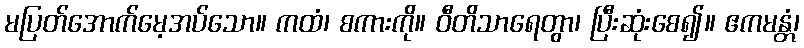
မပြတ်အောက်မေ့အပ်သော။ ကထံ၊ စကားကို။ ဝီတိသာရေတွာ၊ ပြီးဆုံးစေ၍။ ဧကမန္တံ၊